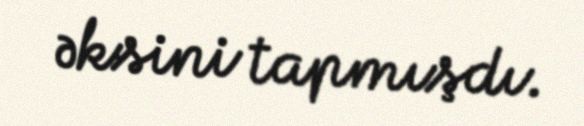
əksini tapmışdı.